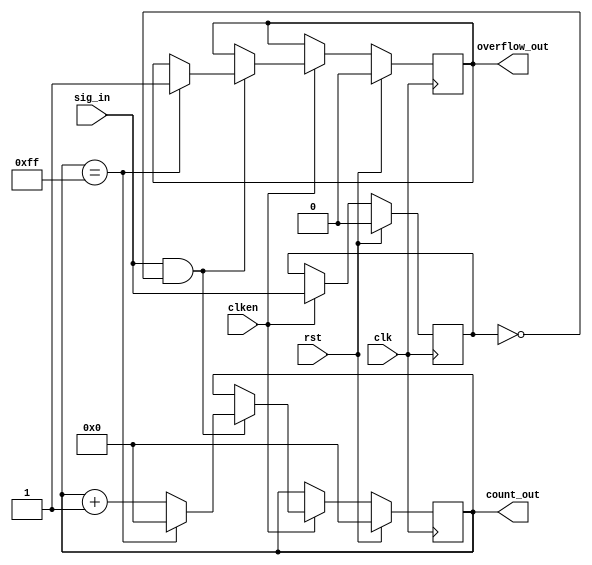
module counter_nbit_sync #(parameter CNTR_WIDTH = 8) (
  // Inputs
  input clk,
  input rst,
  input clken,
  input sig_in,
  // Outputs
  output overflow_out,
  output [CNTR_WIDTH-1:0] count_out
	);

// Local Parameter Declarations
localparam MAXCOUNT = 2**CNTR_WIDTH - 1;

// Variable Declarations
reg sig_in_ff;
reg [CNTR_WIDTH-1:0]counter_reg;
reg overflow_ff;
wire sig_in_posedge;

// Continuous Assignments
assign sig_in_posedge = sig_in & (~sig_in_ff); // Peak detection
assign overflow_out = overflow_ff;
assign count_out = counter_reg;

// Signal register instance (for peak detection)
always@(posedge clk)
begin
  if(rst)
    sig_in_ff <= 1'b0;
  else if (clken)
    sig_in_ff <= sig_in;
end

// Counter Sequential Block
always@(posedge clk)
begin
  if(rst)
  begin
    counter_reg[CNTR_WIDTH-1:0] <= {CNTR_WIDTH{1'b0}};
    overflow_ff <= 1'b0;
  end
  else if(clken)
  begin
    if(sig_in_posedge)
    begin
      if(counter_reg == MAXCOUNT)
      begin
        counter_reg[CNTR_WIDTH-1:0] <= {CNTR_WIDTH{1'b0}};
        overflow_ff <= 1'b1;
      end
      else
        counter_reg <= counter_reg + 1;
    end
  end
end


endmodule